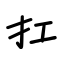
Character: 扛